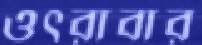
ওৎরাবার